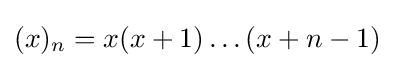
(x)_{n}=x(x+1)\dots (x+n-1)